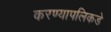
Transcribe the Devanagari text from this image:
करण्यापलिकडे